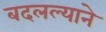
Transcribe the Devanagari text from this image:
बदलल्याने